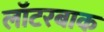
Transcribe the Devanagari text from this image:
लॉटरबाक